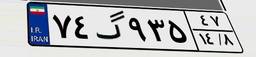
۷۴گ۹۳۵۴۷